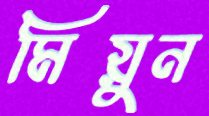
মিয়ুন